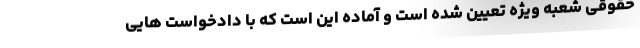
حقوقی شعبه ویژه تعیین شده است و آماده این است که با دادخواست هایی